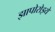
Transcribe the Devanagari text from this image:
झापोरोझ्ये